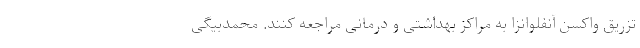
تزریق واکسن آنفلوانزا به مراکز بهداشتی و درمانی مراجعه کنند. محمدبیگی